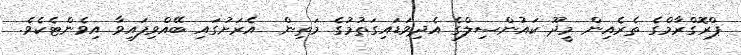
ޕްރޮގްރާމްގެ ތެރެއިން މީދޫ ކައުންސިލްގެ އެދިވަޑައިގަތުމުގެ މަތިން  އެރަށުގައި ބޭއްވިފައިވާ އިވެންޓެކެވެ.